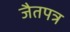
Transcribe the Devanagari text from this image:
जैतपत्र